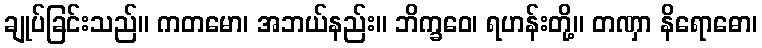
ချုပ်ခြင်းသည်။ ကတမော၊ အဘယ်နည်း။ ဘိက္ခဝေ၊ ရဟန်းတို့။ တဏှာ နိရောဓော၊